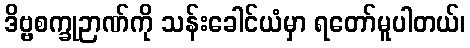
ဒိဗ္ဗစက္ခုဉာဏ်ကို သန်းခေါင်ယံမှာ ရတော်မူပါတယ်၊